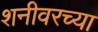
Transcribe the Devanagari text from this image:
शनीवरच्या